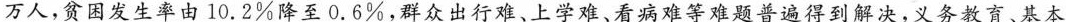
万人减到2019年的551万人，贫困发生率由10.2%降至0.6%，群众出行难、上学难、看病难等难题普遍得到解决，义务教育、基本